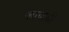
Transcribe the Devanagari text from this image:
जाणूजी